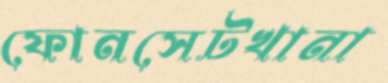
ফোনসেটখানা